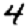
Digit: 4